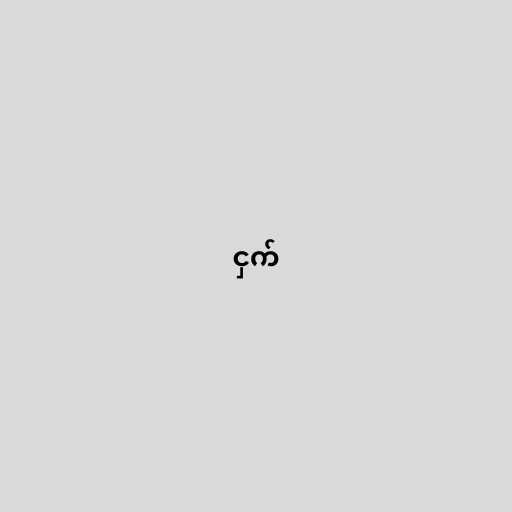
ငှက်